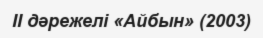
II дәрежелі «Айбын» (2003)